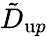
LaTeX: {\tilde{D}}_{{\textrm up}}